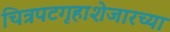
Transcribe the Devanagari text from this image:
चित्रपटगृहाशेजारच्या